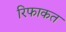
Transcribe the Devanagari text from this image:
रिफाकत